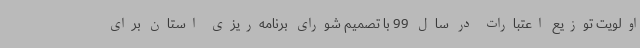
اولویت توزیع اعتبارات در سال 99 با تصمیم شورای برنامه‌ریزی استان برای